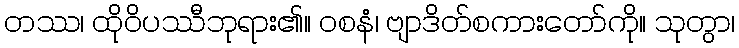
တဿ၊ ထိုဝိပဿီဘုရား၏။ ဝစနံ၊ ဗျာဒိတ်စကားတော်ကို။ သုတွာ၊